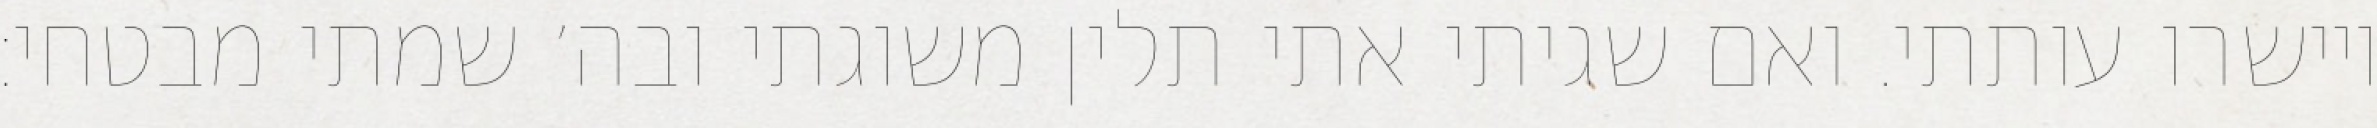
ויישרו עותתי. ואם שגיתי אתי תלין משוגתי ובה׳ שמתי מבטחי: